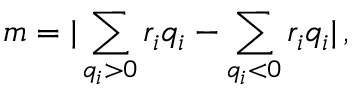
m = | \sum _ { q _ { i } > 0 } r _ { i } q _ { i } - \sum _ { q _ { i } < 0 } r _ { i } q _ { i } | \, ,